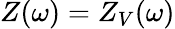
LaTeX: Z(\omega)=Z_{V}(\omega)